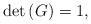
LaTeX: \begin{align*} \det{(G)} = 1 ,\end{align*}